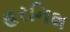
હરનિશ